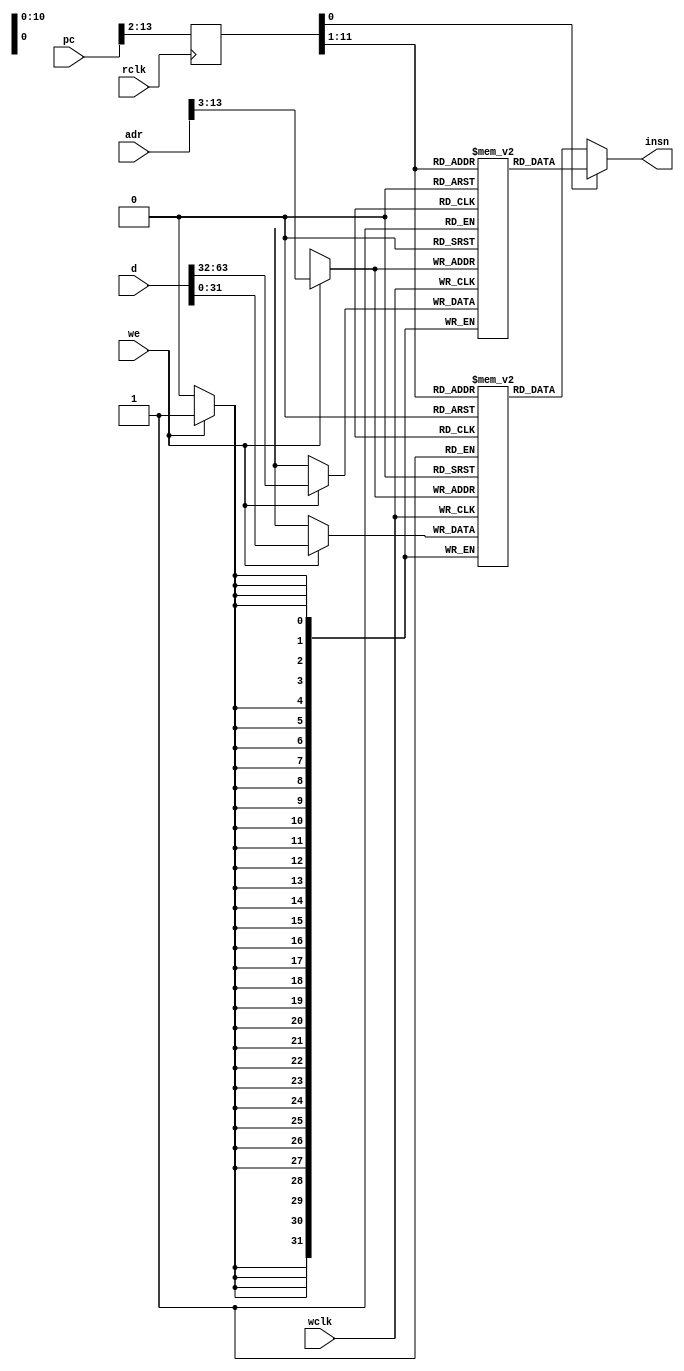
`timescale 1ns / 1ps
//=============================================================================
//        __
//   \\__/ o\    (C) 2013  Robert Finch
//    \  __ /    All rights reserved.
//     \/_//     robfinch<remove>@opencores.org
//       ||
//  
//	Raptor64_icache_ram.v
//
//  
// This source file is free software: you can redistribute it and/or modify 
// it under the terms of the GNU Lesser General Public License as published 
// by the Free Software Foundation, either version 3 of the License, or     
// (at your option) any later version.                                      
//                                                                          
// This source file is distributed in the hope that it will be useful,      
// but WITHOUT ANY WARRANTY; without even the implied warranty of           
// MERCHANTABILITY or FITNESS FOR A PARTICULAR PURPOSE.  See the            
// GNU General Public License for more details.                             
//                                                                          
// You should have received a copy of the GNU General Public License        
// along with this program.  If not, see <http://www.gnu.org/licenses/>.    
//                                                                          
//
//=============================================================================
//
module Raptor64_icache_ram(wclk, we, adr, d, rclk, pc, insn);
input wclk;
input we;
input [13:0] adr;
input [63:0] d;
input rclk;
input [13:0] pc;
output [31:0] insn;

reg [31:0] ramLo [0:2047];
reg [31:0] ramHi [0:2047];
reg [13:2] radr;

always @(posedge wclk)
	if (we) begin
		ramLo[adr[13:3]] <= d[31: 0];
		ramHi[adr[13:3]] <= d[63:32];
	end

always @(posedge rclk)
	radr <= pc[13:2];

assign insn = radr[2] ? ramHi[radr[13:3]] : ramLo[radr[13:3]];

endmodule